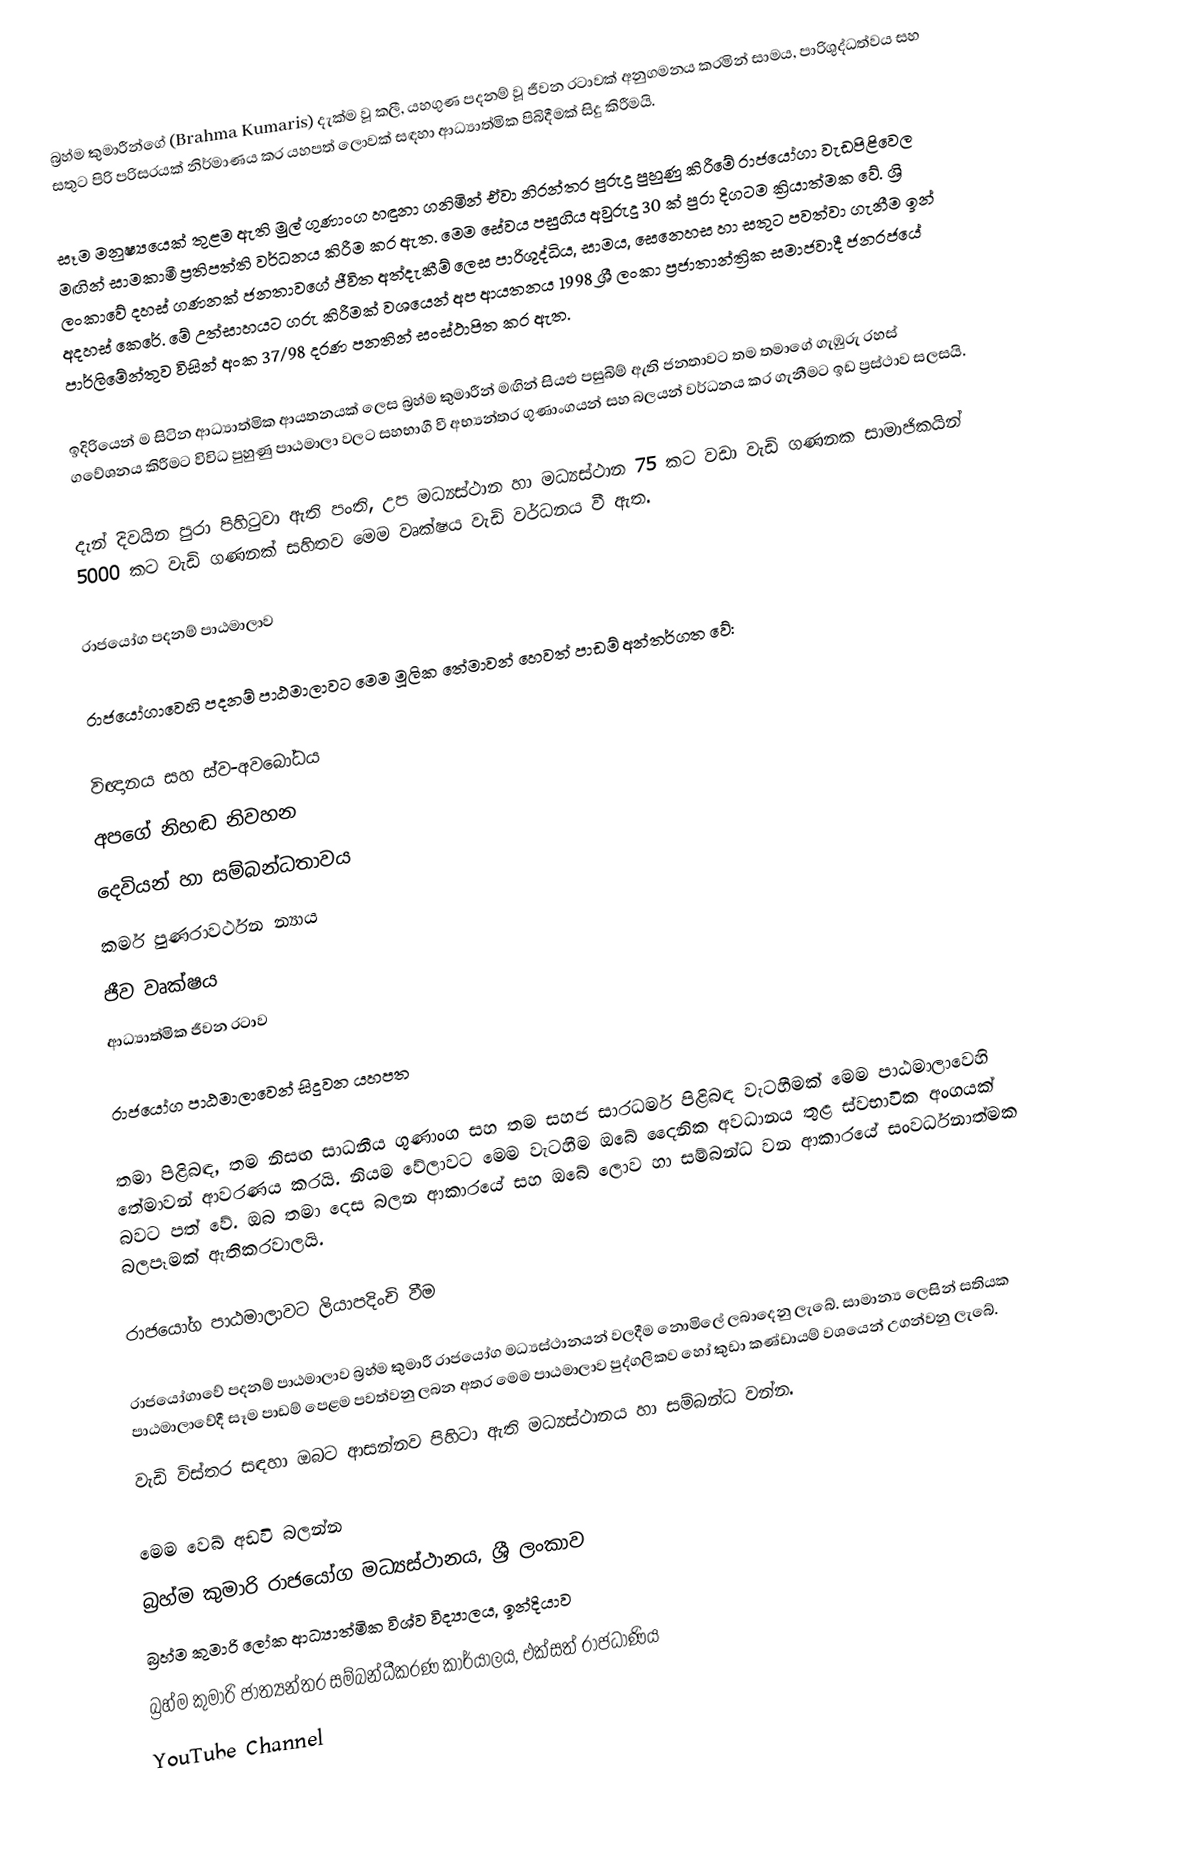
බ්‍රහ්ම කුමාරීන්ගේ (Brahma Kumaris) දැක්ම වූ කලී, යහගුණ පදනම් වූ ජීවන රටාවක් අනුගමනය කරමින් සාමය, පාරිශුද්ධත්වය සහ සතුට පිරි පරිසරයක් නිර්මාණය කර යහපත් ලොවක් සඳහා ආධ්‍යාත්මික පිබිදීමක් සිදු කිරීමයි.

සෑම මනුෂ්‍යයෙක් තුළම ඇති මුල් ගුණාංග හඳුනා ගනිමින් ඒවා නිරන්තර පුරුදු පුහුණු කිරීමේ රාජයෝගා වැඩපිළි‍වෙල මඟින් සාමකාමී ප්‍රතිපත්ති වර්ධනය කිරීම කර ඇත. මෙම සේවය පසුගිය අවුරුදු 30 ක් පුරා දිගටම ක්‍රියාත්මක වේ. ශ්‍රි ලංකාවේ දහස් ගණනක් ජනතාව‍ගේ ජීවිත අත්දැකීම් ලෙස පාරිශුද්ධිය, සාමය, සෙනෙහස හා සතුට පවත්වා ගැනීම ඉන් අදහස් කෙරේ. මේ උත්සාහයට ගරු කිරීමක් වශයෙන් අප ආයතනය 1998 ශ්‍රී ලංකා ප්‍රජාතාන්ත්‍රික සමාජවාදී ජනරජයේ පාර්ලිමේන්තුව විසින් අංක 37/98 දරණ පනතින් සංස්ථාපිත කර ඇත.

ඉදිරියෙන් ම සිටින ආධ්‍යාත්මික ආයතනයක් ලෙස බ්‍රහ්ම කුමාරීන් මඟින් සියළු පසුබිම් ඇති ජනතාවට තම තමාගේ ගැඹුරු රහස් ගවේශනය කිරීමට විවිධ පුහුණු පාඨමාලා වලට සහභාගී වී අභ්‍යන්තර ගුණාංගයන් සහ බලයන් වර්ධනය කර ගැනීමට ඉඩ ප්‍රස්ථාව සලසයි.

දැන් දිවයින පුරා පිහිටුවා ඇති පංති, උප මධ්‍යස්ථාන හා මධ්‍යස්ථාන 75 කට වඩා වැඩි ගණනක සාමාජිකයින් 5000 කට වැඩි ගණනක් සහිතව මෙම වෘක්ෂය වැඩි වර්ධනය වී ඇත.

රාජයෝග පදනම් පාඨමාලාව

රාජයෝගාවෙහි පදනම් පාඨමාලාවට මෙම මූලික තේමාවන් හෙවත් පාඩම් අන්තර්ගත වේ:

	විඥානය සහ ස්ව-අවබෝධය
	අපගේ නිහඬ නිවහන
	දෙවියන් හා සම්බන්ධතාවය
	කර්ම පුණරාවර්ථන න්‍යාය
	ජීව වෘක්ෂය
	ආධ්‍යාත්මික ජීවන රටාව

රාජයෝග පාඨමාලාවෙන් සිදුවන යහපත

තමා පිළිබඳ, තම නිසඟ සාධනීය ගුණාංග සහ තම සහජ සාරධර්ම පිළිබඳ වැටහීමක් මෙම පාඨමාලාවෙහි තේමාවන් ආවරණය කරයි. නියම වේලාවට මෙම වැටහීම ඔබේ දෛනික අවධානය තුළ ස්වභාවික අංගයක් බවට පත් වේ. ඔබ තමා දෙස බලන ආකාරයේ සහ ඔබේ ලොව හා සම්බන්ධ වන ආකාරයේ සංවර්ධනාත්මක බලපෑමක් ඇතිකරවාලයි.

රාජයෝග පාඨමාලාවට ලියාපදිංචි වීම

රාජයෝගාවේ පදනම් පාඨමාලාව බ්‍රහ්ම කුමාරී රාජයෝග මධ්‍යස්ථානයන් වලදීම නොමිලේ ලබාදෙනු ලැබේ. සාමාන්‍ය ලෙසින් සතියක පාඨමාලාවේදී සෑම පාඩම් පෙළම පවත්වනු ලබන අතර මෙම පාඨමාලාව පුද්ගලිකව හෝ කුඩා කණ්ඩායම් වශයෙන් උගන්වනු ලැබේ.
වැඩි විස්තර සඳහා ඔබට ආසන්නව පිහිටා ඇති මධ්‍යස්ථානය හා සම්බන්ධ වන්න.

මෙම වෙබ් අඩවි බලන්න
 බ්‍රහ්ම කුමාරි රාජයෝග මධ්‍යස්ථානය, ශ්‍රී ලංකාව
 බ්‍රහ්ම කුමාරි ලෝක ආධ්‍යාත්මික විශ්ව විද්‍යාලය, ඉන්දියාව
 බ්‍රහ්ම කුමාරි ජාත්‍යන්තර සම්බන්ධීකරණ කාර්යාලය, එක්සත් රාජධාණිය
 YouTube Channel